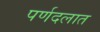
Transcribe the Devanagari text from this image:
पर्णदलात